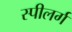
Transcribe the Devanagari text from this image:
स्पीलर्ग